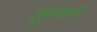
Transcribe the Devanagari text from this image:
लुत्फर